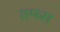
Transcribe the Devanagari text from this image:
तम्ब्स